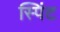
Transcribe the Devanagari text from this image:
स्पिंट